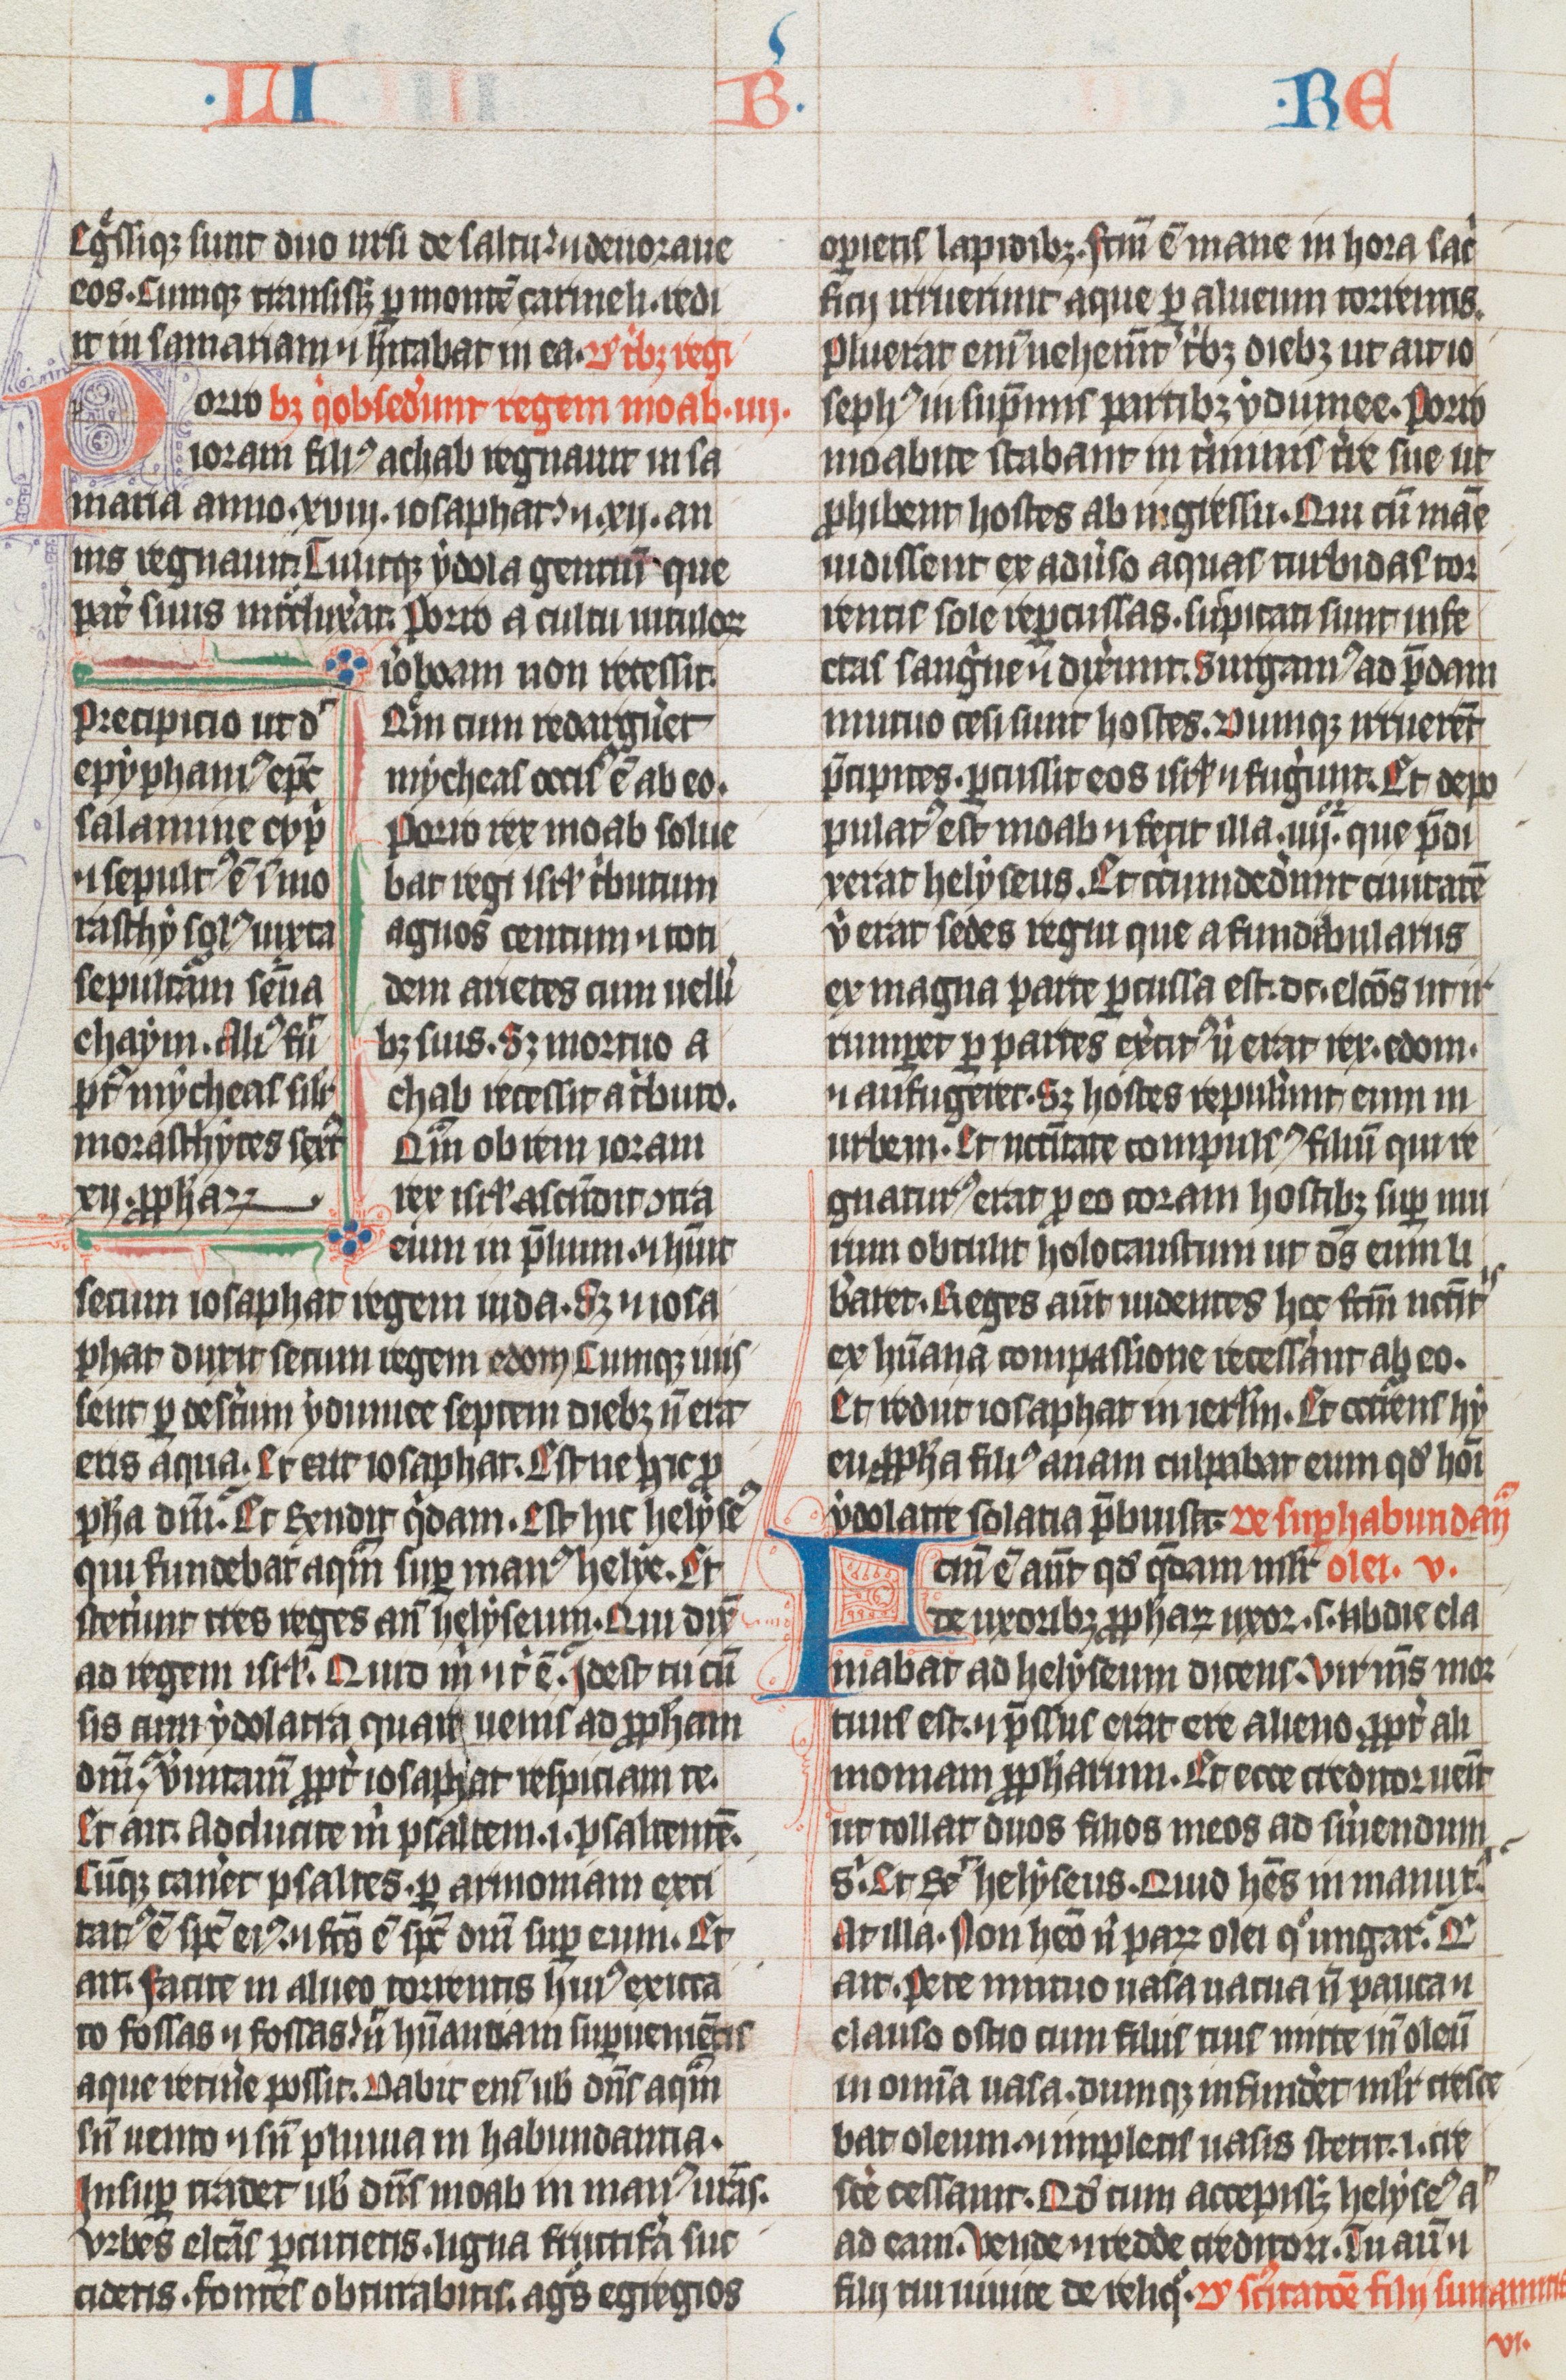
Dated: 1325–1349